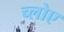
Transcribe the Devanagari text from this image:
च्लोए